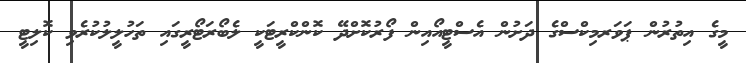
މީގެ އިތުރުން ޕަވަރމިކްސްގެ ދަށުން އެސްޓީއޯއިން ފޯރުކޮށްދޭ ކޮންކްރީޓަކީ ލެބޯރަޓޯރީގައި ތަހުލީލުކުރެވި ކޮލިޓީ